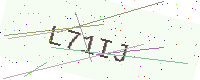
Text: L71IJ